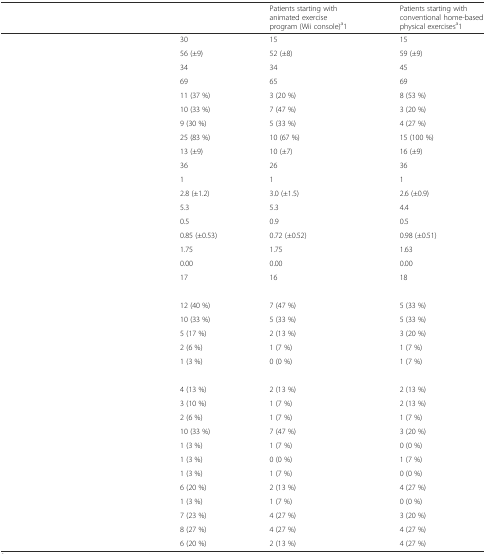
<table><thead><tr><td>[EMPTY_CELL]</td><td>[EMPTY_CELL]</td><td><b>Patients starting with animated exercise program (Wii console)<sup>a</sup>1</b></td><td><b>Patients starting with conventional home-based physical exercises<sup>a</sup>1</b></td></tr></thead><tbody><tr><td>[EMPTY_CELL]</td><td>30</td><td>15</td><td>15</td></tr><tr><td>[EMPTY_CELL]</td><td>56 (±9)</td><td>52 (±8)</td><td>59 (±9)</td></tr><tr><td>[EMPTY_CELL]</td><td>34</td><td>34</td><td>45</td></tr><tr><td>[EMPTY_CELL]</td><td>69</td><td>65</td><td>69</td></tr><tr><td>[EMPTY_CELL]</td><td>11 (37 %)</td><td>3 (20 %)</td><td>8 (53 %)</td></tr><tr><td>[EMPTY_CELL]</td><td>10 (33 %)</td><td>7 (47 %)</td><td>3 (20 %)</td></tr><tr><td>[EMPTY_CELL]</td><td>9 (30 %)</td><td>5 (33 %)</td><td>4 (27 %)</td></tr><tr><td>[EMPTY_CELL]</td><td>25 (83 %)</td><td>10 (67 %)</td><td>15 (100 %)</td></tr><tr><td>[EMPTY_CELL]</td><td>13 (±9)</td><td>10 (±7)</td><td>16 (±9)</td></tr><tr><td>[EMPTY_CELL]</td><td>36</td><td>26</td><td>36</td></tr><tr><td>[EMPTY_CELL]</td><td>1</td><td>1</td><td>1</td></tr><tr><td>[EMPTY_CELL]</td><td>2.8 (±1.2)</td><td>3.0 (±1.5)</td><td>2.6 (±0.9)</td></tr><tr><td>[EMPTY_CELL]</td><td>5.3</td><td>5.3</td><td>4.4</td></tr><tr><td>[EMPTY_CELL]</td><td>0.5</td><td>0.9</td><td>0.5</td></tr><tr><td>[EMPTY_CELL]</td><td>0.85 (±0.53)</td><td>0.72 (±0.52)</td><td>0.98 (±0.51)</td></tr><tr><td>[EMPTY_CELL]</td><td>1.75</td><td>1.75</td><td>1.63</td></tr><tr><td>[EMPTY_CELL]</td><td>0.00</td><td>0.00</td><td>0.00</td></tr><tr><td>[EMPTY_CELL]</td><td>17</td><td>16</td><td>18</td></tr><tr><td colspan="4">[EMPTY_CELL]</td></tr><tr><td>[EMPTY_CELL]</td><td>12 (40 %)</td><td>7 (47 %)</td><td>5 (33 %)</td></tr><tr><td>[EMPTY_CELL]</td><td>10 (33 %)</td><td>5 (33 %)</td><td>5 (33 %)</td></tr><tr><td>[EMPTY_CELL]</td><td>5 (17 %)</td><td>2 (13 %)</td><td>3 (20 %)</td></tr><tr><td>[EMPTY_CELL]</td><td>2 (6 %)</td><td>1 (7 %)</td><td>1 (7 %)</td></tr><tr><td>[EMPTY_CELL]</td><td>1 (3 %)</td><td>0 (0 %)</td><td>1 (7 %)</td></tr><tr><td colspan="4">[EMPTY_CELL]</td></tr><tr><td>[EMPTY_CELL]</td><td>4 (13 %)</td><td>2 (13 %)</td><td>2 (13 %)</td></tr><tr><td>[EMPTY_CELL]</td><td>3 (10 %)</td><td>1 (7 %)</td><td>2 (13 %)</td></tr><tr><td>[EMPTY_CELL]</td><td>2 (6 %)</td><td>1 (7 %)</td><td>1 (7 %)</td></tr><tr><td>[EMPTY_CELL]</td><td>10 (33 %)</td><td>7 (47 %)</td><td>3 (20 %)</td></tr><tr><td>[EMPTY_CELL]</td><td>1 (3 %)</td><td>1 (7 %)</td><td>0 (0 %)</td></tr><tr><td>[EMPTY_CELL]</td><td>1 (3 %)</td><td>0 (0 %)</td><td>1 (7 %)</td></tr><tr><td>[EMPTY_CELL]</td><td>1 (3 %)</td><td>1 (7 %)</td><td>0 (0 %)</td></tr><tr><td>[EMPTY_CELL]</td><td>6 (20 %)</td><td>2 (13 %)</td><td>4 (27 %)</td></tr><tr><td>[EMPTY_CELL]</td><td>1 (3 %)</td><td>1 (7 %)</td><td>0 (0 %)</td></tr><tr><td>[EMPTY_CELL]</td><td>7 (23 %)</td><td>4 (27 %)</td><td>3 (20 %)</td></tr><tr><td>[EMPTY_CELL]</td><td>8 (27 %)</td><td>4 (27 %)</td><td>4 (27 %)</td></tr><tr><td>[EMPTY_CELL]</td><td>6 (20 %)</td><td>2 (13 %)</td><td>4 (27 %)</td></tr></tbody></table>